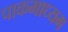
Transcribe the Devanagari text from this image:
पाकमाध्यम